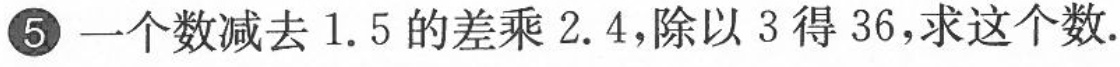
5 一个数减去1.5的差乘2.4，除以3得36，求这个数.